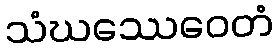
သံဃဿေဝေတံ